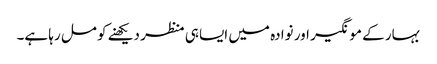
بہار کے مونگیر اور نوادہ میں ایسا ہی منظر دیکھنے کو مل رہا ہے۔